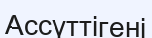
Ассүттігені